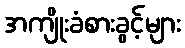
အကျိုးခံစားခွင့်များ